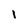
Character: I